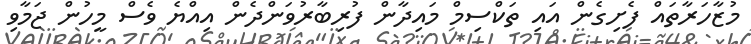
މުޒާހަރާތައް ފެށިގެން އައި ތަކްސިމް މައިދާން ފުރިބާރުވަންދެން އިއްޔެ ވެސް މީހުން ޖަމާވި